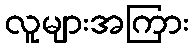
လူများအကြား